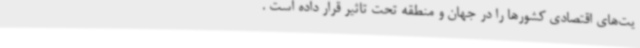
یت‌های اقتصادی کشورها را در جهان و منطقه تحت تاثیر قرار داده است .